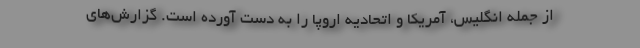
از جمله انگلیس، آمریکا و اتحادیه اروپا را به دست آورده است. گزارش‌های